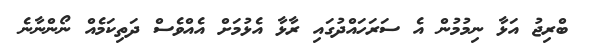
ބްރިޖު އަޅާ ނިމުމުން އެ ސަރަހައްދުގައި ރާޅާ އެޅުމަށް އެއްވެސް ދަތިކަމެއް ނޯންނާނެ